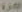
الدارة